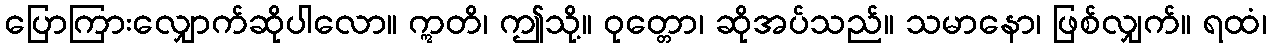
ပြောကြားလျှောက်ဆိုပါလော။ ဣတိ၊ ဤသို့။ ဝုတ္တော၊ ဆိုအပ်သည်။ သမာနော၊ ဖြစ်လျှက်။ ရထံ၊